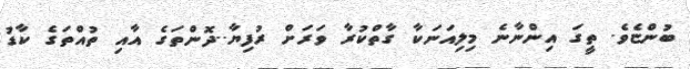
ބުންޏެވެ. ތީގަ އިންނާނެ މިލިއަނަކާ ގާތްކުރާ ވަރަށް ރުފިޔާ..ދޮންތަގެ އާއި ތުއްތަގެ ކާޑު